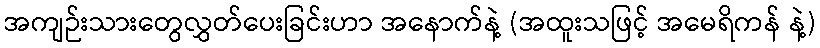
အကျဉ်းသားတွေလွှတ်ပေးခြင်းဟာ အနောက်နဲ့ (အထူးသဖြင့် အမေရိကန် နဲ့)